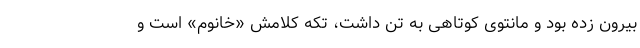
بیرون زده بود و مانتوی کوتاهی به تن داشت، تکه کلامش «خانوم» است و